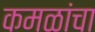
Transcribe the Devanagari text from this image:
कमळांचा